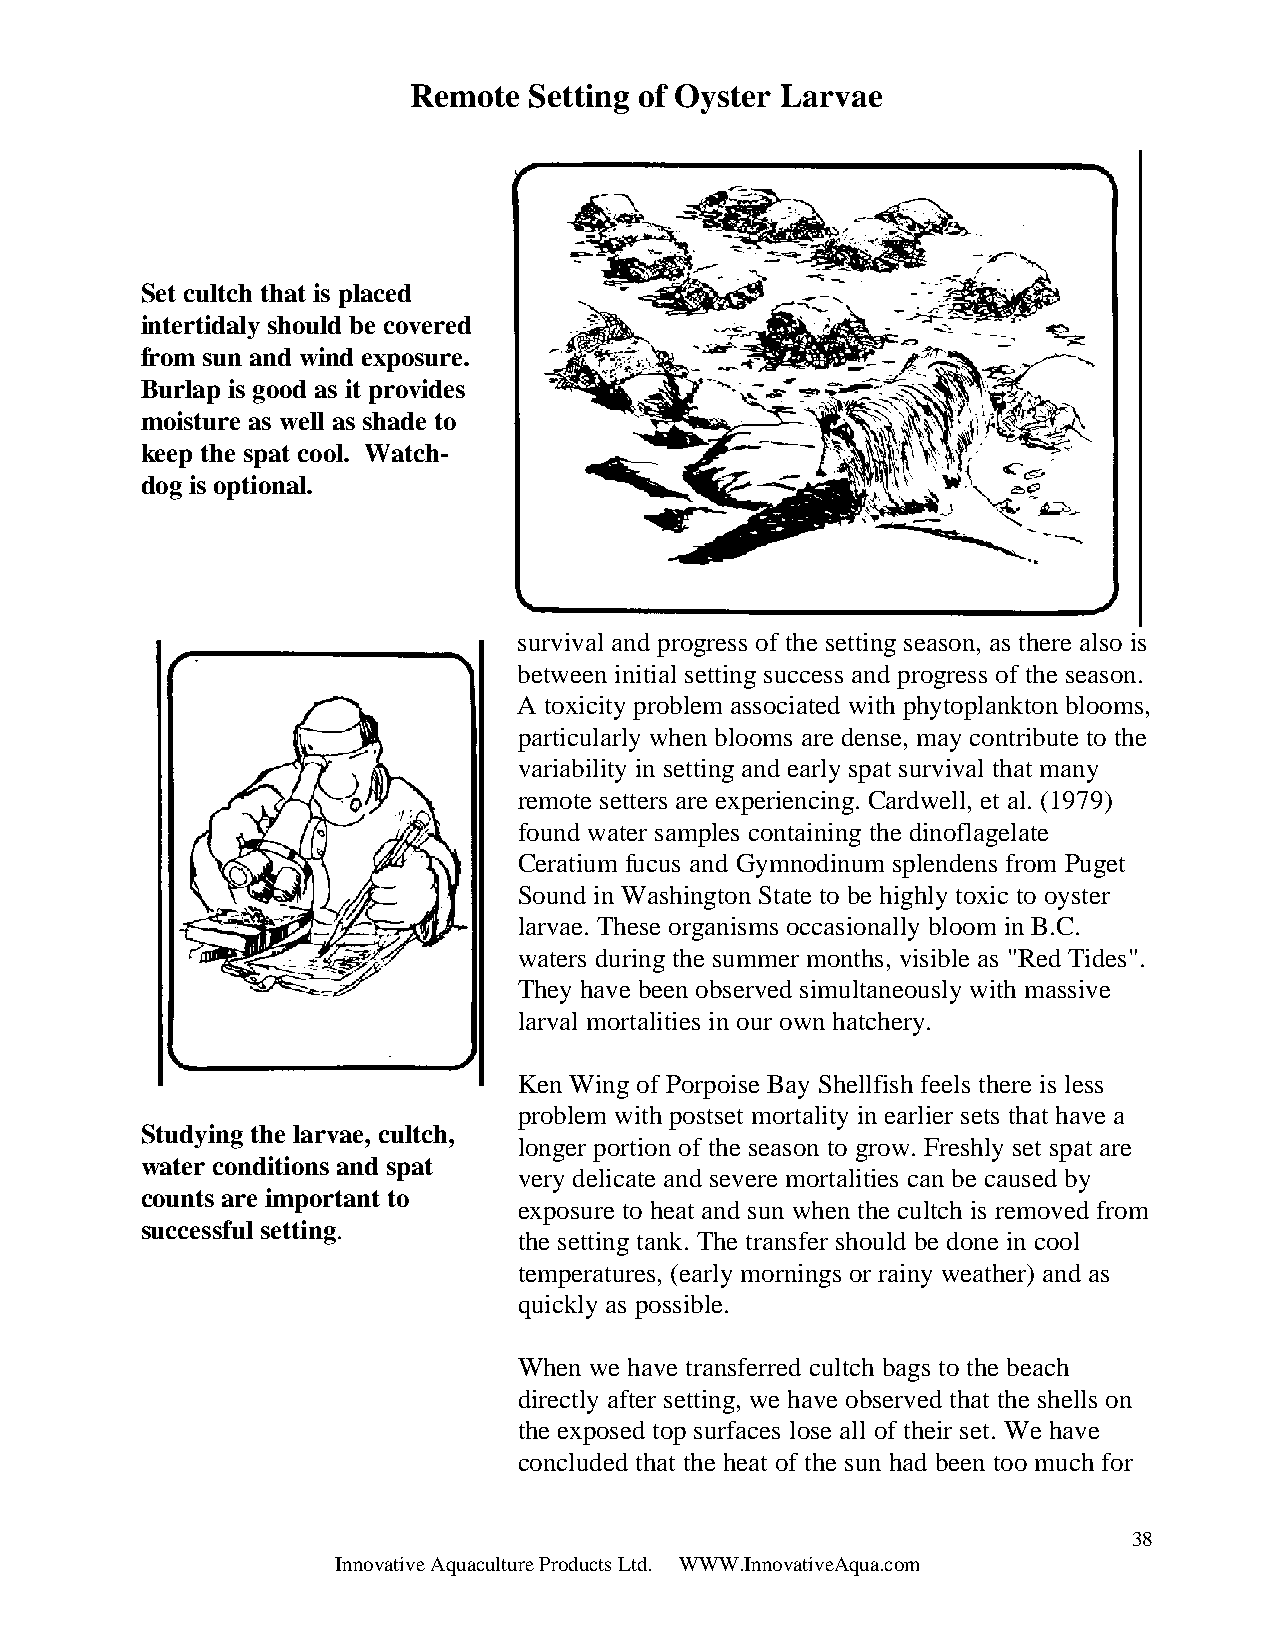
Remote  Setting of Oyster Larvae
 Set cultch that is placed
 intertidaly should be covered
 from sun and wind exposure.
 Burlap is good as it provides
 moisture as well as shade to
 keep the spat cool. Watch-
 dog is optional.
 survival and progress of the setting season, as there also is
 between initial setting success and progress of the season.
 A toxicity problem associated with phytoplankton blooms,
 particularly when blooms are dense, may contribute to the
 variability in setting and early spat survival that many
 remote setters are experiencing. Cardwell, et al. (1979)
 found water samples containing the dinoflagelate
 Ceratium fucus and Gymnodinum splendens from Puget
 Sound in Washington State to be highly toxic to oyster
 larvae. These organisms occasionally bloom in B.C.
 waters during the summer months, visible as "Red Tides".
 They have been observed simultaneously with massive
 larval mortalities in our own hatchery.
 Ken Wing of Porpoise Bay Shellfish feels there is less
 problem with postset mortality in earlier sets that have a
 Studying the larvae, cultch,
 longer portion of the season to grow. Freshly set spat are
 water conditions and spat
 very delicate and severe mortalities can be caused by
 counts are important to
 exposure to heat and sun when the cultch is removed from
 successful setting.
 the setting tank. The transfer should be done in cool
 temperatures, (early mornings or rainy weather) and as
 quickly as possible.
 When we have transferred cultch bags to the beach
 directly after setting, we have observed that the shells on
 the exposed top surfaces lose all of their set. We have
 concluded that the heat of the sun had been too much for
 38
 Innovative Aquaculture Products Ltd. WWW.InnovativeAqua.com